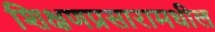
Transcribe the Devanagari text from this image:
शिक्षणप्रसारामधील